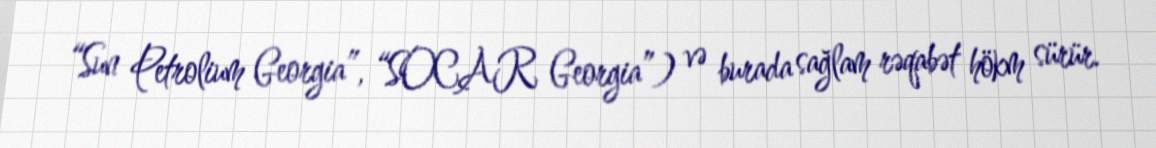
“Sun Petrolium Georgia”, “SOCAR Georgia”) və burada sağlam rəqabət hökm sürür.